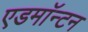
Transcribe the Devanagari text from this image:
एडमाॅन्टन